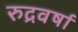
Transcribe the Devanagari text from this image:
रुद्रवर्षा